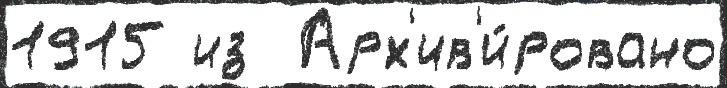
1915 из  Арх'ив'и́ровано